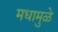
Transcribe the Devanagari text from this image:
मधामुळे